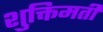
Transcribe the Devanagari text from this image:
शुक्तिमती